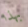
بهذا